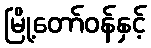
မြို့တော်ဝန်နှင့်